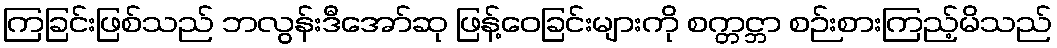
ကြခြင်းဖြစ်သည် ဘလွန်းဒီအော်ဆု ဖြန့်ဝေခြင်းများကို စက္တင္ဘာ စဉ်းစားကြည့်မိသည်